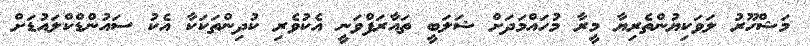
މަޝްހޫރު ލަވަކިޔުންތެރިޔާ މީރާ މުހައްމަދަށް ޝަލަބީ ތައާރަފްވަނީ އެކުވެރި ކުދިންތަކަކާ އެކު ސައުންޑްކްލައުޑަށް